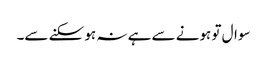
سوال تو ہونے سے ہے نہ ہو سکنے سے۔